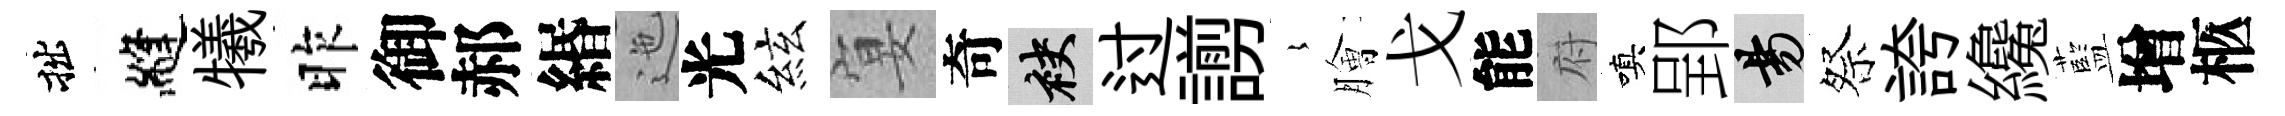
拙縫犧昨御郝緡迤光絃宴奇袂过謭𡻕膾戈能府嗔郢昜祭誇纔藍增柩